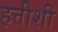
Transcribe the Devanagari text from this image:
हत्तीशी